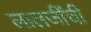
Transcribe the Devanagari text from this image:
लालजींची